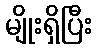
မျိုးရှိပြီး